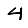
Digit: 4